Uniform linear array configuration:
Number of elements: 16
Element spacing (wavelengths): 0.25
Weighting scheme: uniform
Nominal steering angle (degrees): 30
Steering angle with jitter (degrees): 30.414
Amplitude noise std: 0.05
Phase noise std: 0.05

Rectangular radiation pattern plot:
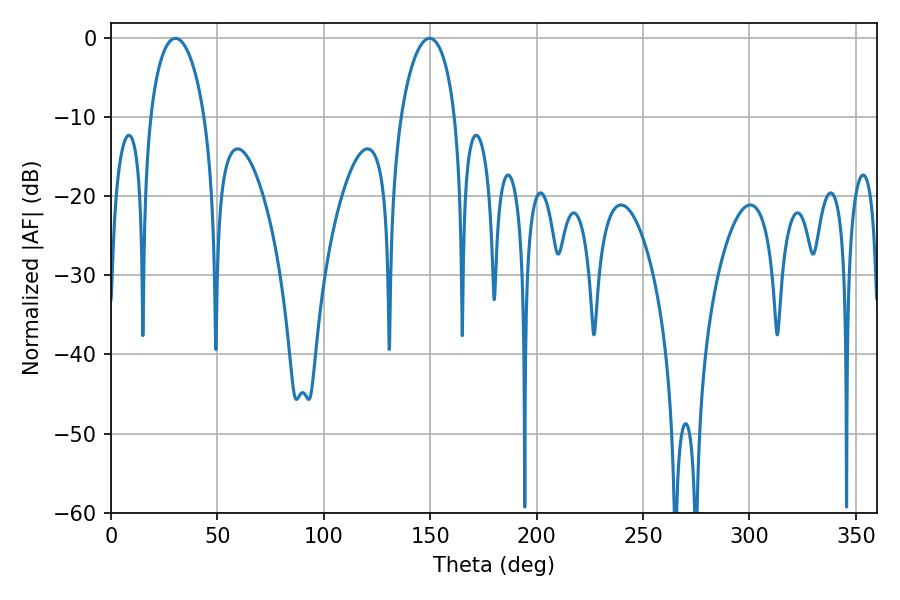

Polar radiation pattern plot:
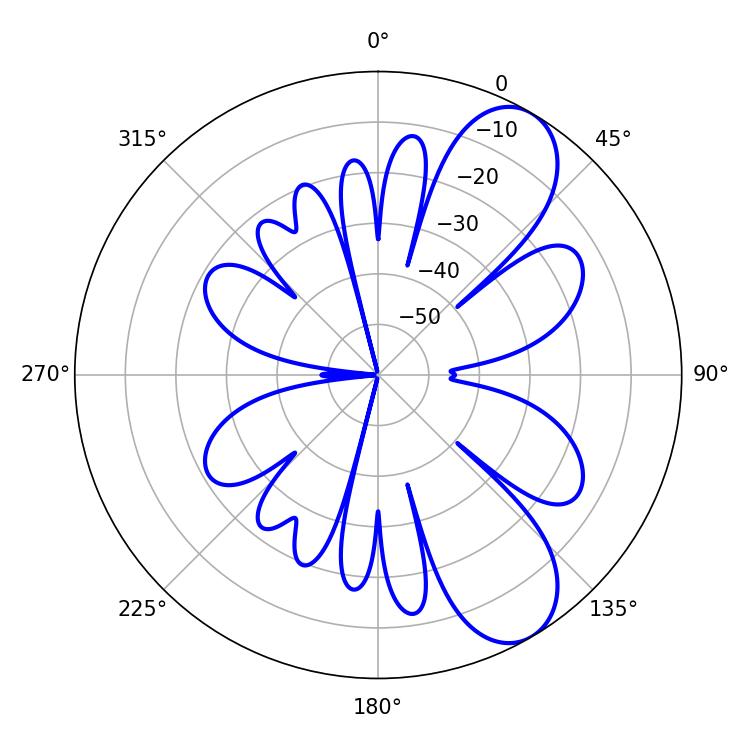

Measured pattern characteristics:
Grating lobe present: FALSE
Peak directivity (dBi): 8.496
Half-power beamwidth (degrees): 14.76
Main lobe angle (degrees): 30.24